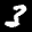
Label: 3